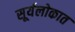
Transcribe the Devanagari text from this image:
सूर्यलोकात